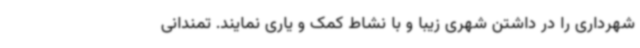
شهرداری را در داشتن شهری زیبا و با نشاط کمک و یاری نمایند. تمندانی